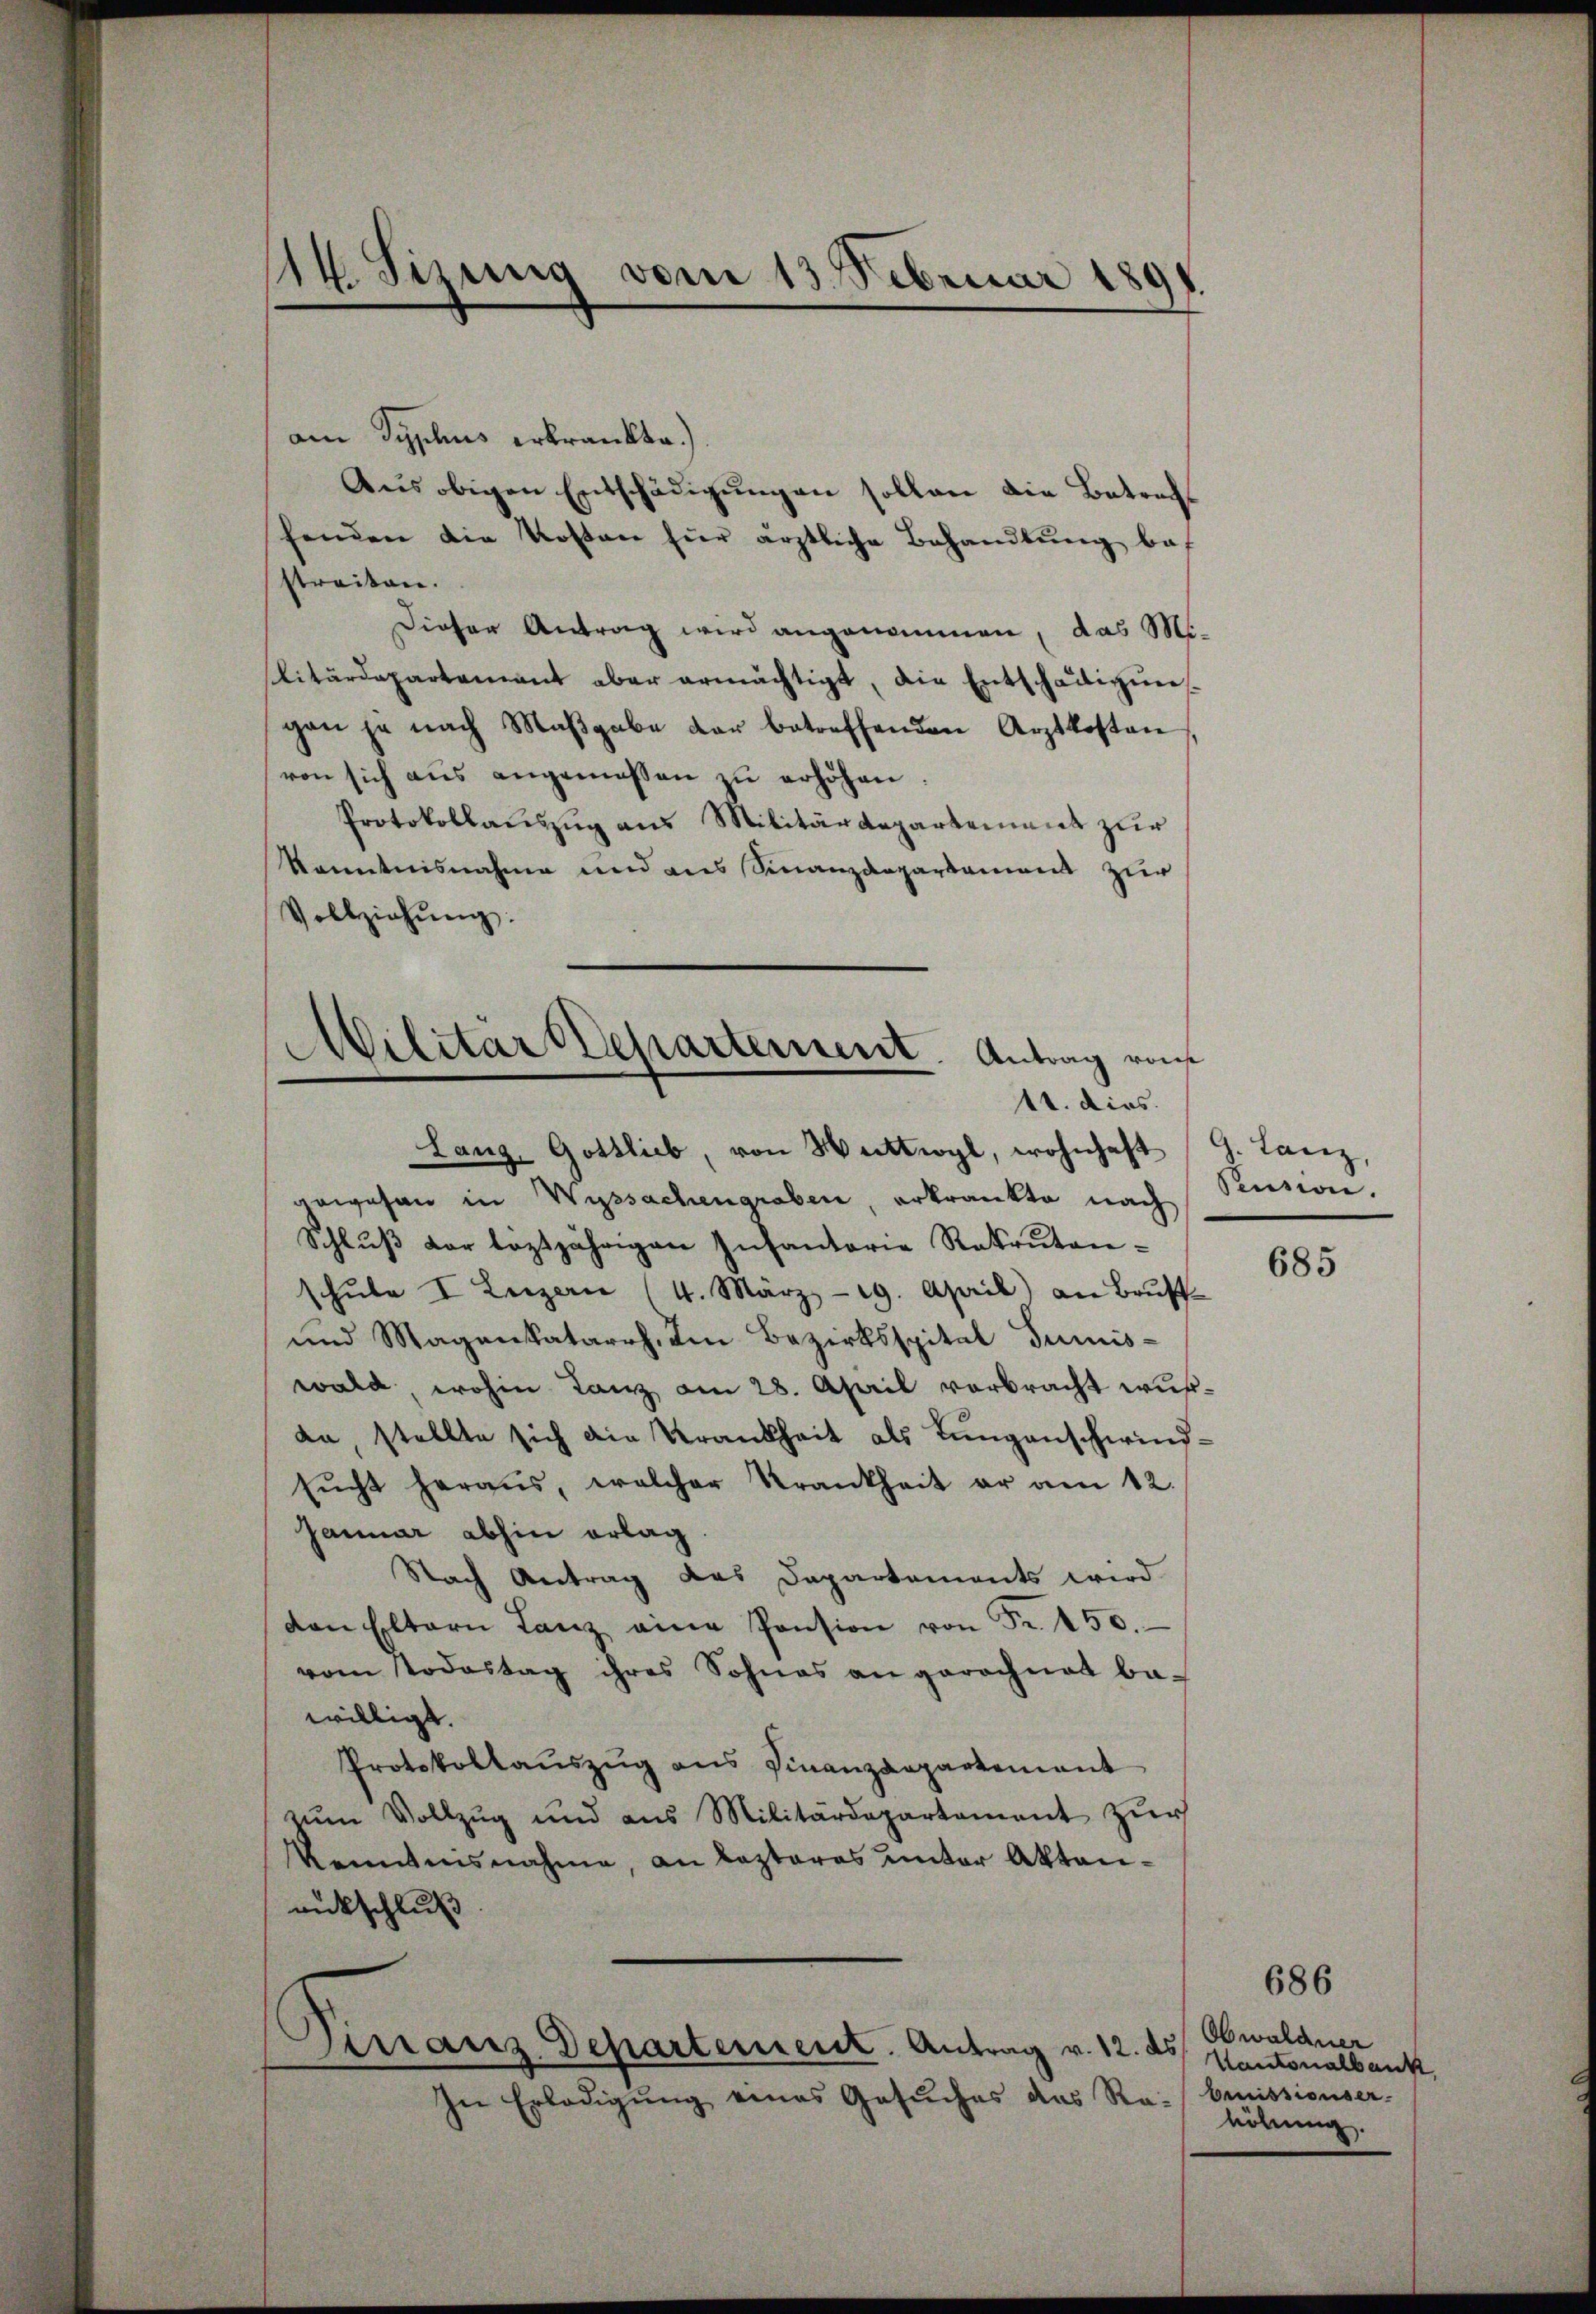
am Typhus erkrankte.)
Aŭs obigen Entschädigŭngen sollen die Betracht
henden die Kosten für ärztliche Behandlŭng bef
streiten.
Dieser Antrag wird angenommen, das Militärdepartement aber ermächtigt, die Entschädigung
gan je nach Maβgabe der betreffenden Arztkosten
von sich aŭs angemessen zŭ erhöhen:
Protokollauszug aus Militärdepartement zur
Kenntnisnahme und aus Finanzdepartament zur
Vollziehŭng:
Lanz Gottlieb, von Wattwyl, wohnhaft G. Lanz,
gewesen in Wyssachengraben, erkrankte nach Rusion.
Schlŭβ der leztjährigen Infantorie Rekruten-
schŭle I Luzern (4. März - 19. April) an Brŭft
und Magenkatarrh. Im Bezirksspital Tunis-
wald wohin Lanz am 28. April verbracht wurda stellte sich die Krankheit als Lungenschwindsŭcht heraus, welcher Krankheit er am 12.
Januar abhin erlag.
Nach Antrag das Departements wird
den Eltern Lanz eine Pension von Fr. 150.
vom Todestag ihres Sohnes an gerechnet be-
willigt.
Protokollauszug aus Finanzdepartement
zum Vollzug und aus Militärdepartement zur
kanntensnahme, an lezteres unter Aktenuntschluß

14. Sizung vom 13. Februar 180

Militar Departement. Antrag von
11. dies.

Dirranz-Departement. Antrag v. 12. ds

In Erledigŭng eines Gesŭches das Rabenissionser-

685

686
Obwaldner
Kantonalbank,
höhung.